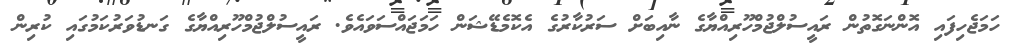
ހަމަޖެހިފައި އޮންނަގޮތުން ރައީސުލްޖުމްހޫރިއްޔާގެ ނާއިބަށް ސަރުކާރުގެ އެކޮމެޑޭޝަން ހަމަޖައްސަވައެވެ. ރައީސުލްޖުމްހޫރިއްޔާގެ ގަނޑުވަރުކަމުގައި ކުރިން